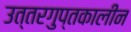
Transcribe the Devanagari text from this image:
उत्तरगुप्तकालीन